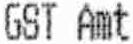
GST AMT